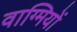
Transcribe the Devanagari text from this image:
वाग्मियों